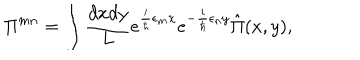
LaTeX: \Pi ^ { m n } = \int { \frac { d x d y } { L } } e ^ { { \frac { i } { \hbar } } \epsilon _ { m } x } e ^ { - { \frac { i } { \hbar } } \epsilon _ { n } y } \hat { \Pi } ( x , y ) ,